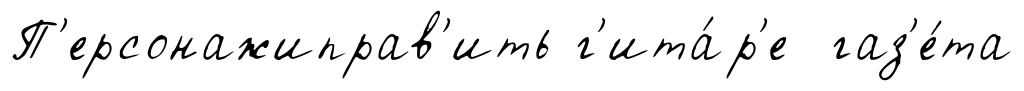
П'ерсонажиправ'ить г'ита́р'е газ'е́та